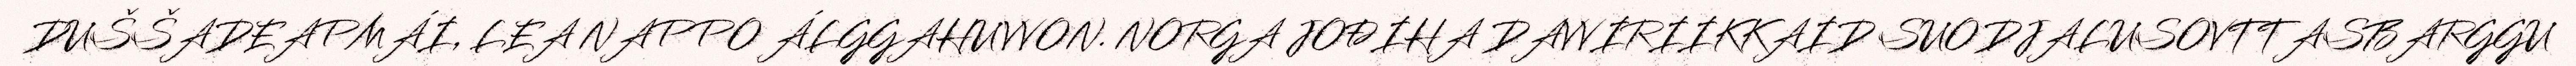
DUŠŠADEAPMÁI, LEA NAPPO ÁLGGAHUVVON. NORGA JOĐIHA DAVVIRIIKKAID SUODJALUSOVTTASBARGGU